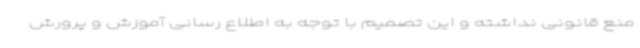
منع قانونی نداشته و این تصمیم با توجه به اطلاع رسانی آموزش و پرورش